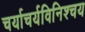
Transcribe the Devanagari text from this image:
चर्याचर्यविनिश्चय